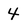
Character: 4